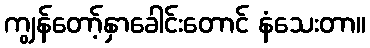
ကျွန်တော့်နှာခေါင်းတောင် နံသေးတာ။